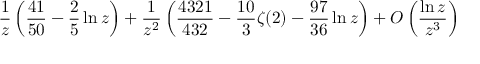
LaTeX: \frac { 1 } { z } \left( \frac { 4 1 } { 5 0 } - \frac { 2 } { 5 } \ln z \right) + \frac { 1 } { z ^ { 2 } } \left( \frac { 4 3 2 1 } { 4 3 2 } - \frac { 1 0 } { 3 } \zeta ( 2 ) - \frac { 9 7 } { 3 6 } \ln z \right) + { \cal O } \left( \frac { \ln z } { z ^ { 3 } } \right)